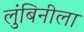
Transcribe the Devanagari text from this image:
लुंबिनीला